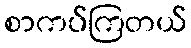
စာကပ်ကြတယ်